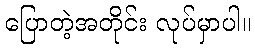
ပြောတဲ့အတိုင်း လုပ်မှာပါ။